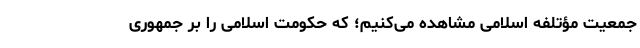
جمعیت مؤتلفه اسلامی مشاهده می‌کنیم؛ که حکومت اسلامی را بر جمهوری